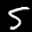
Label: 5